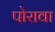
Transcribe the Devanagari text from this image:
पोरावा